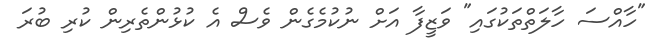
"ހާއްސަ ހާލަތްތަކުގައި" ވަޒީފާ އަށް ނުކުމެގެން ވެސް އެ ކުޅުންތެރިން ކުރި ބުރަ